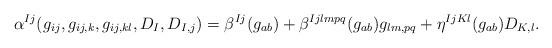
LaTeX: \begin{align*}\alpha^{Ij}(g_{ij},g_{ij,k},g_{ij,kl},D_I,D_{I,j})=\beta^{Ij}(g_{ab})+\beta^{Ijlmpq}(g_{ab})g_{lm,pq}+\eta^{IjKl}(g_{ab})D_{K,l}.\end{align*}